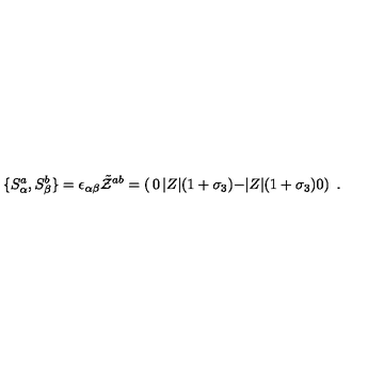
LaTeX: \{ S _ { \alpha } ^ { a } , S _ { \beta } ^ { b } \} = \epsilon _ { \alpha \beta } \tilde { \cal Z } ^ { a b } = \left( \begin{matrix} { 0 } & { | Z | ( 1 + \sigma _ { 3 } ) } \\ { - | Z | ( 1 + \sigma _ { 3 } ) } & { 0 } \\ \end{matrix} \right) \ .